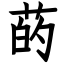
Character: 菂